Report on lock hospitals in British Burma
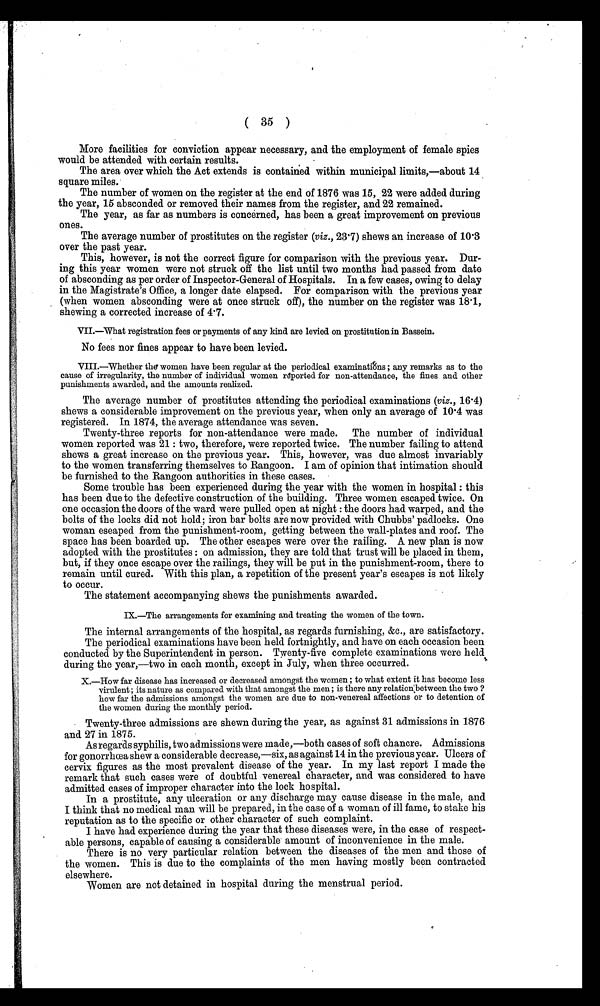
( 35 )
More facilities for conviction appear necessary, and the employment of female spies
would be attended with certain results.
The area over which the Act extends is contained within municipal limits,—about 14
square miles.
The number of women on the register at the end of 1876 was 15, .22 were added during
the year, 15 absconded or removed their names from the register, and 22 remained.
The year, as far as numbers is concerned, has been a great improvement on previous
ones.
The average number of prostitutes on the register (viz., 23 .7) shews an increase of 10.3
over the past year.
This, however, is not the correct figure for comparison with the previous year. Dur
ing this year women were not struck off the list until two months had passed from date
of absconding as per order of Inspector-General of Hospitals. In a few cases, owing to delay
in the Magistrate's Office, a longer date elapsed. For comparison with the previous year
(when women absconding were at once struck off), the number on the register was 18.1,
sheaving a corrected increase of 4.7.
VII. What registration fees or payments of any kind are levied on prostitution in Bassein.
No fees nor fines appear to have been levied.
VIII.—Whether the women have been regular at the periodical examinations ; any remarks as to the
cause of irregularity, the number of individual women reported for non-attendance, the fines and other
punishments awarded, and the amounts realized.
The average number of prostitutes attending the periodical examinations (viz., 16.4)
shews a considerable improvement on the previous year, when only an average of 10 .4 was
registered. In 1874, the average attendance was seven.
Twenty-three reports for non-attendance were made. The number of individual
women reported was 21 : two, therefore, were reported twice. The number failing to attend
shews a great increase on the previous year. This, however, was due almost invariably
to the women transferring themselves to Rangoon. I am of opinion that intimation should
be furnished to the Rangoon authorities in these cases.
Some trouble has been experienced during the year with the women in hospital : this
has been due to the defective construction of the building. Three women escaped twice. On
one occasion the doors of the ward were pulled open at night : the doors had warped, and the
bolts of the locks did not hold; iron bar bolts are now provided with. Chubbs' padlocks. One
woman eseaped from the punishment-room, getting between the wall-plates and roof. The
space has been boarded up. The other escapes were over the railing. A new plan is now
adopted with the prostitutes : on admission, they are told that trust will be placed in them,
but, if they once escape over the railings, they will be put in the punishment-room, there to
remain until cured. With this plan, a repetition of the present year's escapes is not likely
to occur.
The statement accompanying shews the punishments awarded.
IX.—The arrangements for examining and treating the women of the town.
The internal arrangements of the hospital, as regards furnishing, &c., are satisfactory.
The periodical examinations have been held fortnightly, and have on each occasion been
conducted by the Superintendent in person. Twenty-five complete examinations were held
during the year,—two in each month, except in July, when three occurred.
X.—How far disease has increased or decreased amongst the women ; to what extent it has become less
virulent; its nature as compared with that amongst the men ; is there any relation between the two ?
how far the admissions amongst the women are due to non-venereal affections or to detention of
the women during the monthly period.
Twenty-three admissions are shewn during the year, as against 31 admissions in 1876
and 27 in 1875.
As regards syphilis, two admissions were made,—both cases of soft chancre. Admissions
for gonorrhoea shew a considerable decrease,—six, as against 14 in the previous year. Ulcers of
cervix figures as the most prevalent disease of the year. In my last report I made the
remark that such cases were of doubtful venereal character, and was considered to have
admitted cases of improper character into the lock hospital.
In a prostitute, any ulceration or any discharge may cause disease in the male, and
I think that no medical man will be prepared, in the case of a woman of ill fame, to stake his
reputation as to the specific or other character of such complaint.
I have had experience during the year that these diseases were, in the case of respect-
able persons, capable of causing a considerable amount of inconvenience in the male.
There is no very particular relation between the diseases of the men and those of
the women. This is due to the complaints of the men having mostly been contracted
elsewhere.
Women are not detained in hospital during the menstrual period.